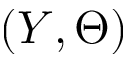
( Y , \Theta )